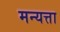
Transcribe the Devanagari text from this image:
मन्यत्ता